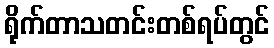
ရိုက်တာသတင်းတစ်ရပ်တွင်